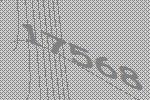
17568